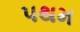
પથમ